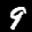
Label: 9